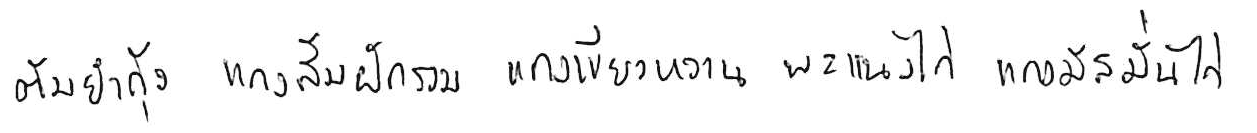
ต้มยำกุ้ง แกงส้มผักรวม แกงเขียวหวาน พะแนงไก่ แกงมัสมั่นไก่